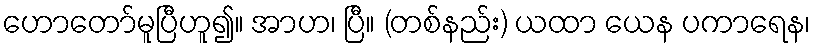
ဟောတော်မူပြီဟူ၍။ အာဟ၊ ပြီ။ (တစ်နည်း) ယထာ ယေန ပကာရေန၊